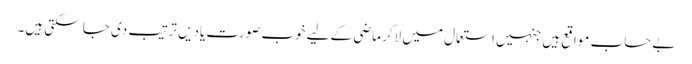
بے حساب مواقع ہیں جنہیں استعمال میں لاکر ماضی کے لیے خوب صورت یادیں ترتیب دی جا سکتی ہیں۔